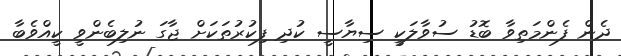
ދެން ފެންމަތިވާ ބޮޑު ސުވާލަކީ ސިޔާސީ ކުދި ފިކުރުތަކަށް ޖާގަ ނުލިބެންވީ ކީއްވެބާ